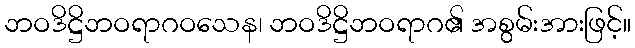
ဘဝဒိဋ္ဌိဘဝရာဂဝသေန၊ ဘဝဒိဋ္ဌိဘဝရာဂ၏ အစွမ်းအားဖြင့်။